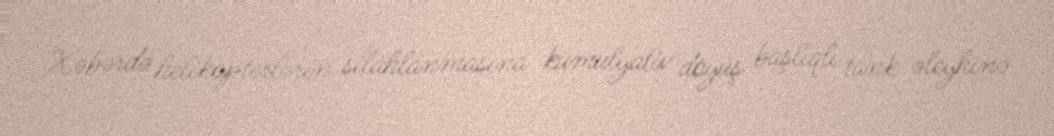
Xəbərdə helikopterlərin silahlanmasına kumulyativ döyüş başlıqlı tank əleyhinə